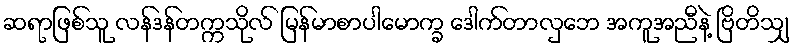
ဆရာဖြစ်သူ လန်ဒန်တက္ကသိုလ် မြန်မာစာပါမောက္ခ ဒေါက်တာလှဘေ အကူအညီနဲ့ ဗြိတိသျှ